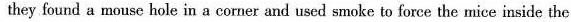
they found a mouse hole in a corner and used smoke to force the mice inside the